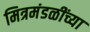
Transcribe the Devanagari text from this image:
मित्रमंडळींच्या